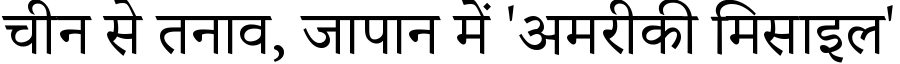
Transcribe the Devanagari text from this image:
चीन से तनाव, जापान में 'अमरीकी मिसाइल'